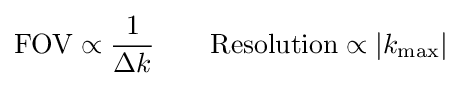
{\rm {FOV}}\propto {\frac {1}{\Delta k}}\qquad \mathrm {Resolution} \propto |k_{\max }|\